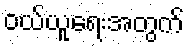
ဝယ်ယူရေးအတွက်